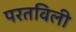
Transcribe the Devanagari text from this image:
परतविली